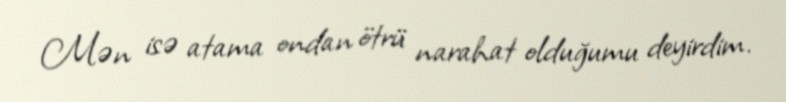
Mən isə atama ondan ötrü narahat olduğumu deyirdim.